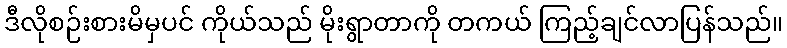
ဒီလိုစဉ်းစားမိမှပင် ကိုယ်သည် မိုးရွာတာကို တကယ် ကြည့်ချင်လာပြန်သည်။